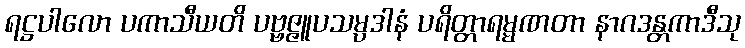
ရဋ္ဌပါလော ပကာသီယတိ ပဗ္ဗဇ္ဇူပသမ္ပဒါနံ ပရိတ္တာရမ္မဏတာ နာဂဒန္တကာဒီသု